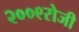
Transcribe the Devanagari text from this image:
२००९रोजी